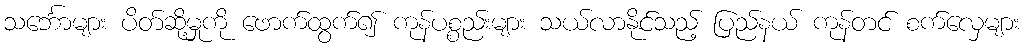
သင်္ဘောများ ပိတ်ဆို့မှုကို ဖောက်ထွက်၍ ကုန်ပစ္စည်းများ သယ်လာနိုင်သည့် ပြည်နယ် ကုန်တင် စက်လှေများ